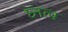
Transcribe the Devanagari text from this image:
घ्नत्व